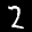
Label: 2